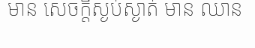
មាន សេចក្តីស្ងប់ស្ងាត់ មាន ឈាន